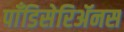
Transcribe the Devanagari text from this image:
पाँडिसेरिॲनस